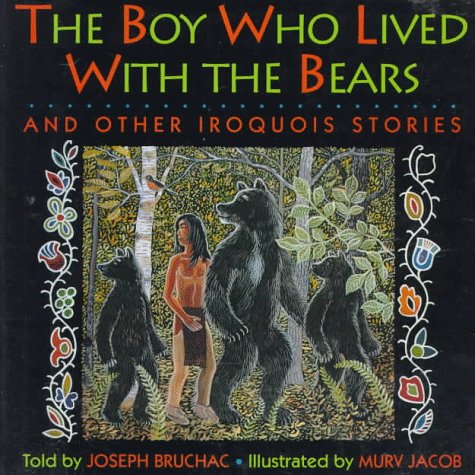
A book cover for Boy Who Lived With Bears and Other Iroquois Stories; Joseph Bruchac; Children's Books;